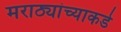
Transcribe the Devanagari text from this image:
मराठ्यांच्याकडे